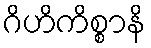
ဂိဟိကိစ္စာနိ